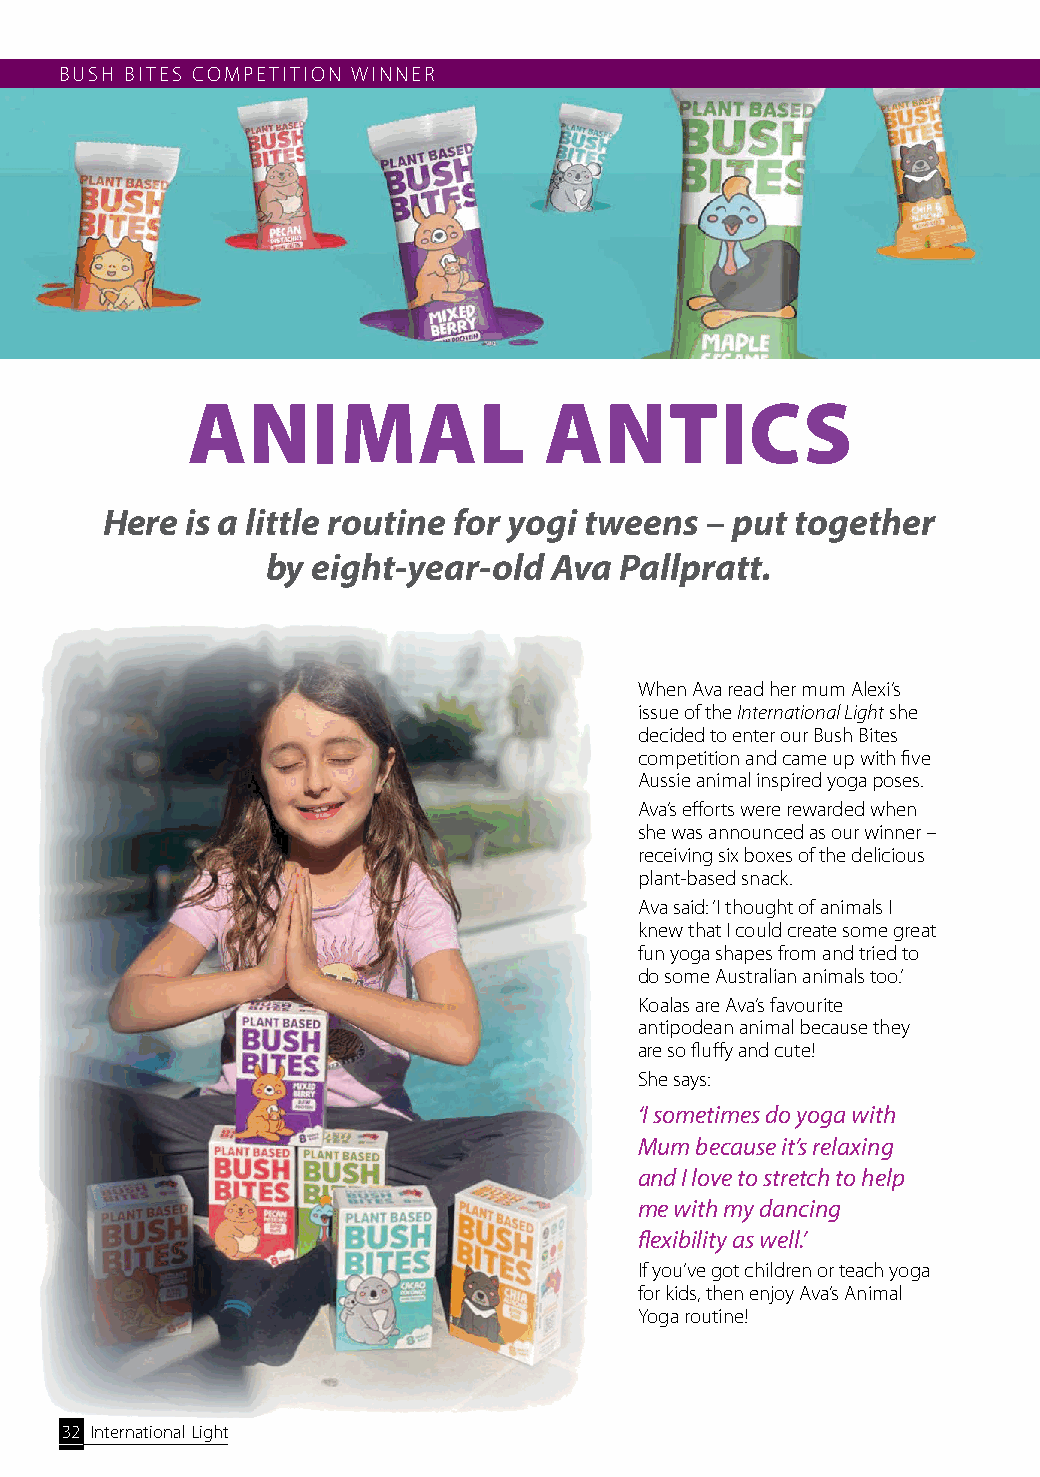
BUSH BITES COMPETITION WINNER
 ANIMAL                  ANTICS
 Here is a little routine for yogi tweens – put together
 by eight-year-old Ava  Pallpratt.
 When Ava read her mum Alexi’s
 issue of the International Light she
 decided to enter our Bush Bites
 competition and came up with five
 Aussie animal inspired yoga poses.
 Ava’s efforts were rewarded when
 she was announced as our winner –
 receiving six boxes of the delicious
 plant-based snack.
 Ava said: ‘I thought of animals I
 knew that I could create some great
 fun yoga shapes from and tried to
 do some Australian animals too.’
 Koalas are Ava’s favourite
 antipodean animal because they
 are so fluffy and cute!
 She says:
 ‘I sometimes do yoga with
 Mum because it’s relaxing
 and I love to stretch to help
 me with my dancing
 flexibility as well.’
 If you’ve got children or teach yoga
 for kids, then enjoy Ava’s Animal
 Yoga routine!
 32 International Light